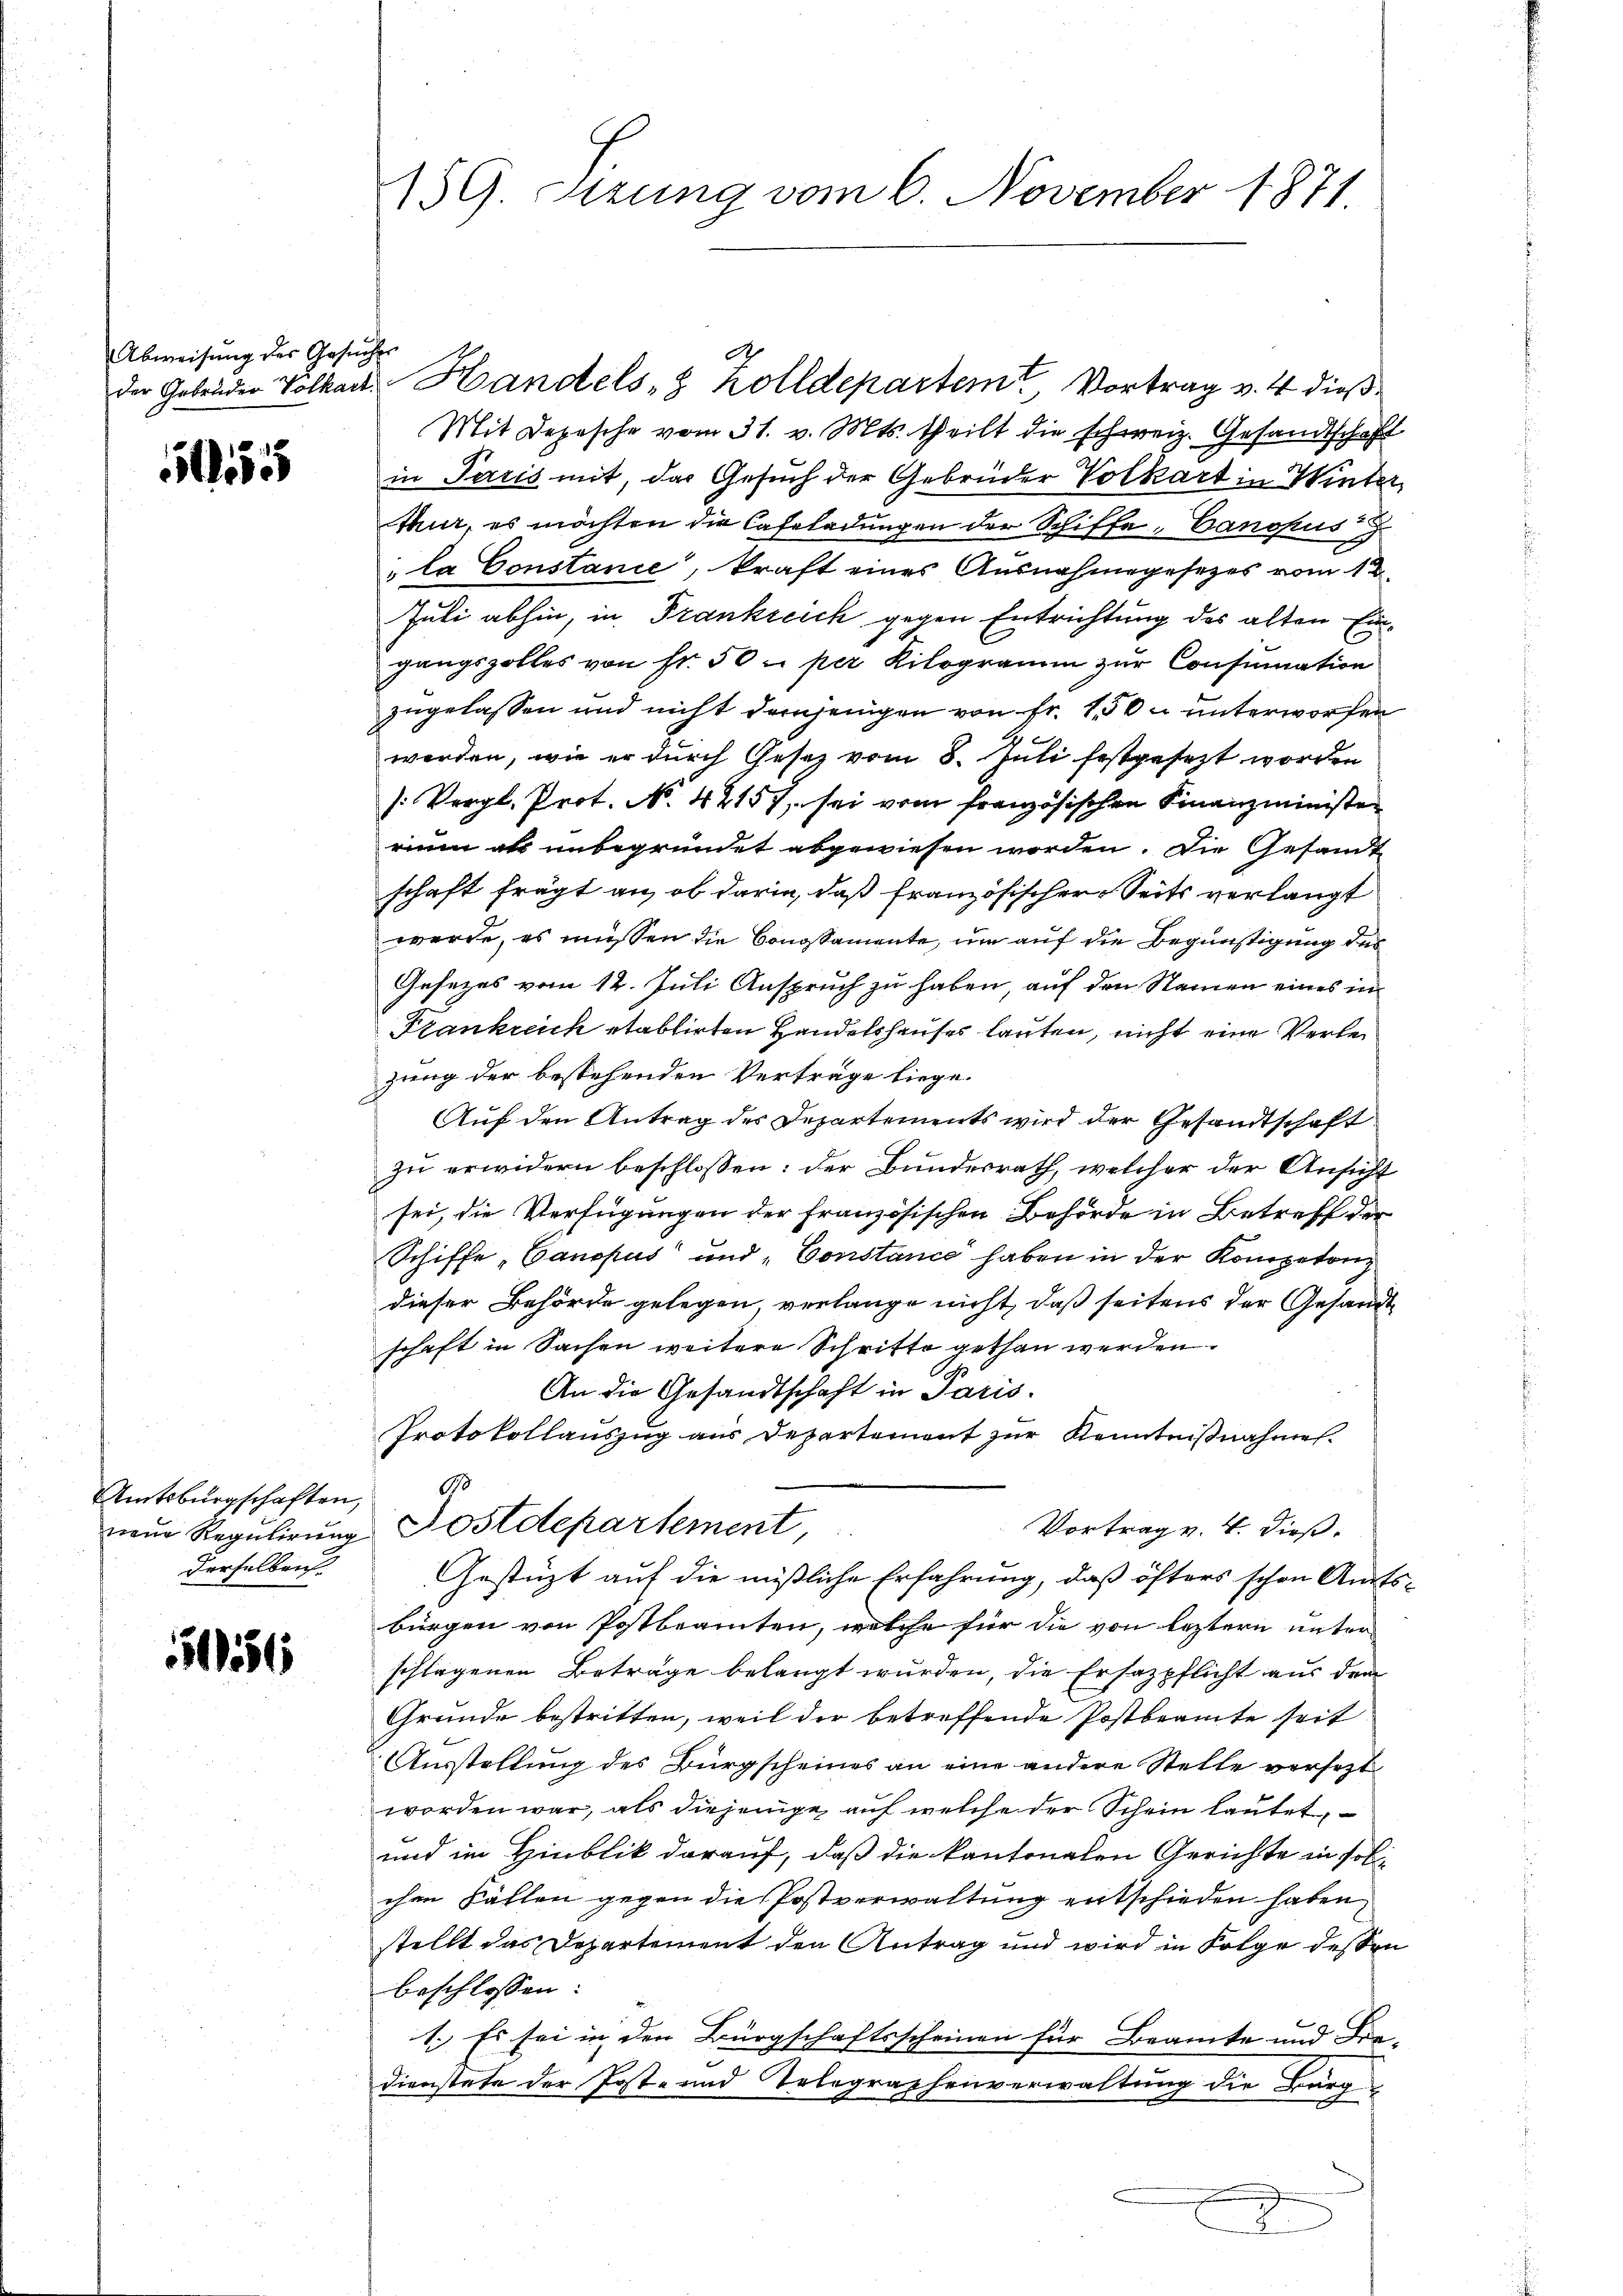
Abweisŭng der Gesŭches

5

Amtsburgschaften,
Derselben.

516

Mit Depesche vom 31. v. Mts. theilt die schweiz. Gesandtschaft
in Perris mit, das Gesuch der Gebrüder Volkart in Winter
thur, es möchten die Cafeladungen der Schiffe, Canokus
"la Constance, kraft eines Ausnahmegesezes vom 12
Juli abhin, in Frankreich gegen Entrichtung des alten Eingangszolles von Fr. 50 per Kilogramm zur Consumation
zugelassen und nicht demjenigen von fr. 10 u unterworfen
werden, wie er durch Gesetz vom 8. Juli festgesezt worden
): Vergl. Prot. N. 42157, sei vom französischen Finanzministen
rium als unbegründet abgewiesen worden. Die Gesandt
schaft frägt an, ob darin, daß französischer Seits verlangt
werde, es müssen die Congsamente, um auf die Begünstigung des
Gesezes vom 12. Juli Anspruch zu haben, auf den Namen eines in
Frankreich etablirten Handelshauses lauten, nicht eine Verlezung der bestehenden Verträge liege.
Auf den Antrag des Departements wird der Gesandtschaft
zu erwidern beschlossen: der Bundesrath, welcher der Ansicht
sei, die Verfügungen der französischen Behörde in Betreff der
Schiffe „Canopus und „Constance haben in der Kompeten
dieser Behörde gelegen, verlange nicht, daß seitens der Gesandt
schaft in Sachen weitere Schritte gethan werden.
A
An die Gesandtschaft in Paris.
Protokollauszug aus Departement zur Kenntnißnahmen.
90
Vortrag v. 4. dieß.
neue Regulirung Postdepartement,
Gestüzt auf die mißliche Erfahrung, daß öfters schon Amtsbürgen von Postbeamten, welche für die von leztern unter
schlagenen Beträge belangt würden, die Ersatzpflicht aus dem
Grunde bestritten, weil der betreffende Postbeamte seit
Ausstellung des Bürgscheines an eine andere Stelle versetzt
worden war, als diejenige auf welche der Schein lautet,
und im Hinblik darauf, daß die kantonalen Gerichte in solichen Fällen gegen die Postverwaltung entschieden haben,
stellt das Departement den Antrag und wird in Folge dessen
beschlossen:
1. Es sei in den Bürgschaftsscheinen für Beamte und Fra-
Dienstete der Post- und Telegraphenverwaltung die Burgg

159. Sizung vom 6. November 1871

der Gebrüder Volkart Handels, Kolldepartem Vortrag v. 4. dieß¬